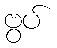
ဗွပ်